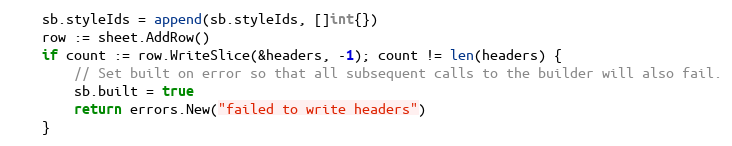
Language: Go
	sb.styleIds = append(sb.styleIds, []int{})
	row := sheet.AddRow()
	if count := row.WriteSlice(&headers, -1); count != len(headers) {
		// Set built on error so that all subsequent calls to the builder will also fail.
		sb.built = true
		return errors.New("failed to write headers")
	}